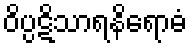
ဝိပ္ပဋိသာရနိရောဓံ